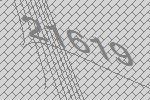
21619